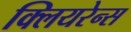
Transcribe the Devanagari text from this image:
क्लियरेन्स